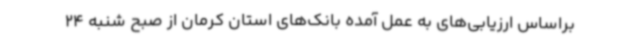
براساس ارزیابی‌های به عمل آمده بانک‌های استان کرمان از صبح شنبه 24